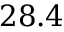
2 8 . 4